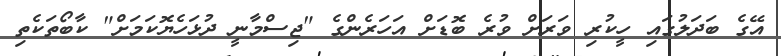
އޭގެ ބަދަލުގައި ހީކުރި ވަރަށް ވުރެ ބޮޑަށް އަހަރެންގެ "ޖިސްމާނީ ދުޅަހެޔޮކަމަށް" ކާބޯތަކެތި